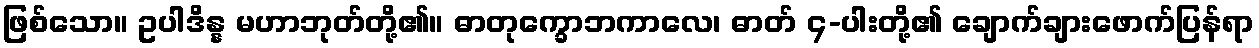
ဖြစ်သော။ ဥပါဒိန္န မဟာဘုတ်တို့၏။ ဓာတုက္ခောဘကာလေ၊ ဓာတ် ၄-ပါးတို့၏ ချောက်ချားဖောက်ပြန်ရာ